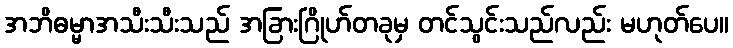
အဘိဓမ္မာအသီးသီးသည် အခြားဂြိုဟ်တခုမှ တင်သွင်းသည်လည်း မဟုတ်ပေ။